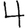
Digit: 4